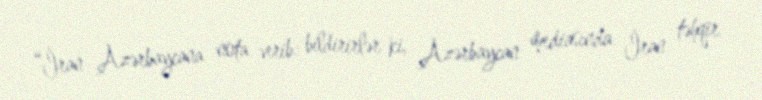
“İran Azərbaycana nota verib: bildirirlər ki, Azərbaycan mediasında İran təhqir